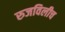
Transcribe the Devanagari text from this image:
रुजविलीच